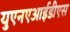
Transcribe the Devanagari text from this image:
युएनएआईडीएस